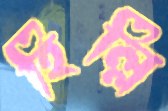
হিল্লি